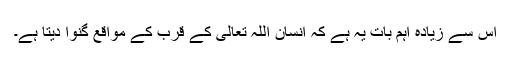
اس سے زیادہ اہم بات یہ ہے کہ انسان اللہ تعالیٰ کے قرب کے مواقع گنوا دیتا ہے۔